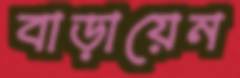
বাড়ায়েন